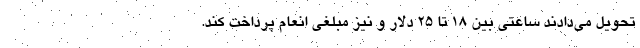
تحویل می‌دادند ساعتی بین ۱۸ تا ۲۵ دلار و نیز مبلغی انعام پرداخت کند.